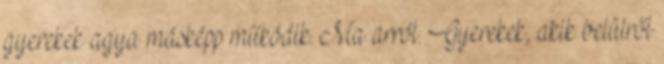
gyerekek agya másképp működik. Ma arról. Gyerekek, akik belülről